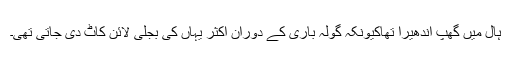
ہال میں گْھپ اندھیرا تھاکیونکہ گولہ باری کے دوران اکثر یہاں کی بجلی لائن کاٹ دی جاتی تھی۔